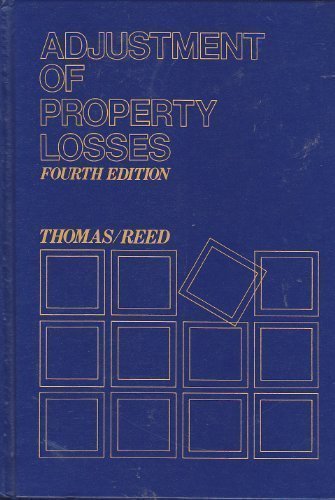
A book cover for Adjustment of Property Losses; Paul I. Thomas; Business & Money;